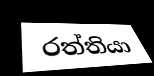
රත්තියා